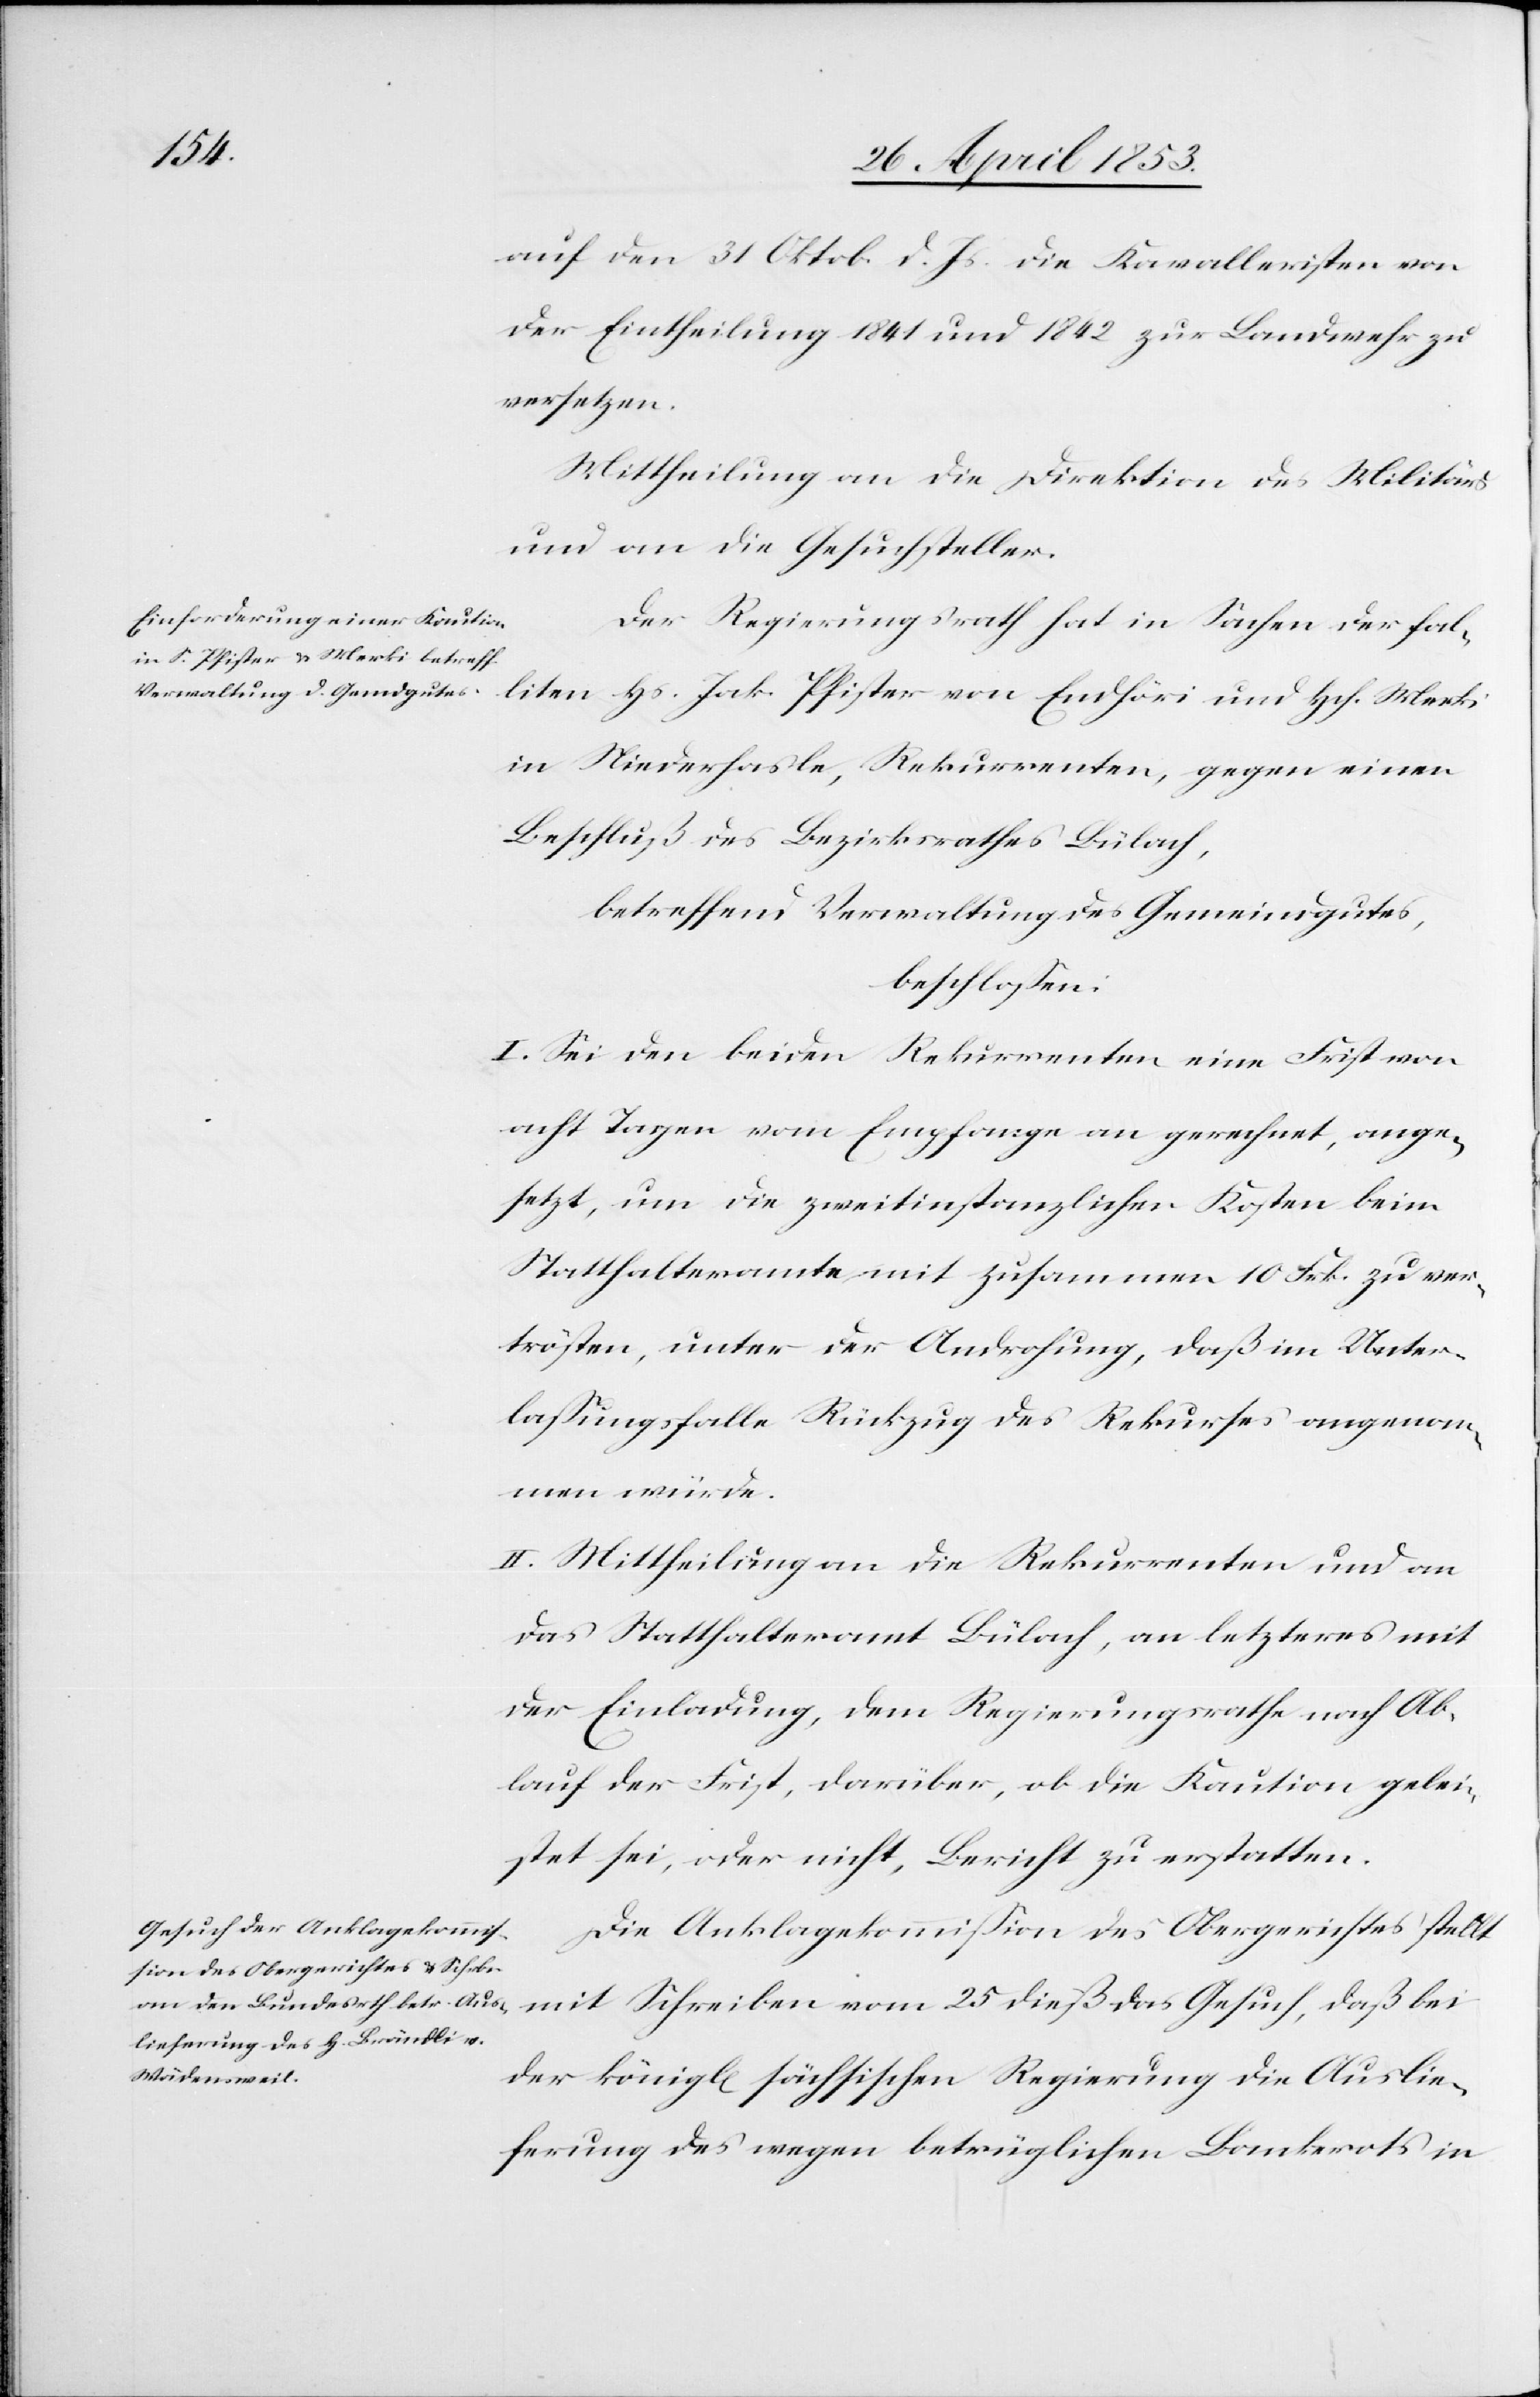
auf den 31 Oktob. d. Js. die Kavalleristen von
der Eintheilung 1841 und 1842 zur Landwehr zu
versetzen.
Mittheilung an die Direktion des Militärs
und an die Gesuchsteller.
Der Regierungsrath hat in Sachen der Fal¬
liten Hs. Jak. Pfister von Endhöri und Hch. Merki
in Niederhasle, Rekurrenten, gegen einen
Beschluß des Bezirksrathes Bülach,
betreffend Verwaltung des Gemeindgutes,
beschloßen:
I. Sei den beiden Rekurrenten eine Frist von
acht Tagen vom Empfange an gerechnet, ange¬
setzt, um die zweitinstanzlichen Kosten beim
Statthalteramte mit zusammen 10 Frk. zu ver¬
trösten, unter der Androhung, daß im Unter¬
laßungsfalle Rückzug des Rekurses angenom¬
men würde.
II. Mittheilung an die Rekurrenten und an
das Statthalteramt Bülach, an letzteres mit
der Einladung, dem Regierungsrathe nach Ab¬
lauf der Frist, darüber, ob die Kaution gelei¬
stet sei, oder nicht, Bericht zu erstatten.
Die Anklagekommißion des Obergerichtes stellt
mit Schreiben vom 25 dieß das Gesuch, daß bei
der königl[ichen] sächsischen Regierung die Auslie¬
ferung des wegen betrüglichen Bankerots in